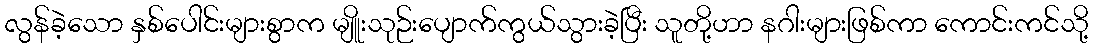
လွန်ခဲ့သော နှစ်ပေါင်းများစွာက မျိူးသုဉ်းပျောက်ကွယ်သွားခဲ့ပြီး သူတို့ဟာ နဂါးများဖြစ်ကာ ကောင်းကင်သို့